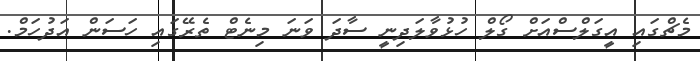
މެޗްގައި އީގަލްސްއަށް ގޯލް ހުޅުވާލަދިނީ ސާދަ ވަނަ މިނެޓް ތެރޭގައި ހަސަން އަދުހަމް.